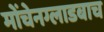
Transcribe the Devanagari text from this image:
मोंचेनग्लाडबाच